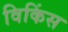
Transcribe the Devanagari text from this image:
विकिंस